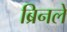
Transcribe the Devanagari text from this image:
ब्रिनले